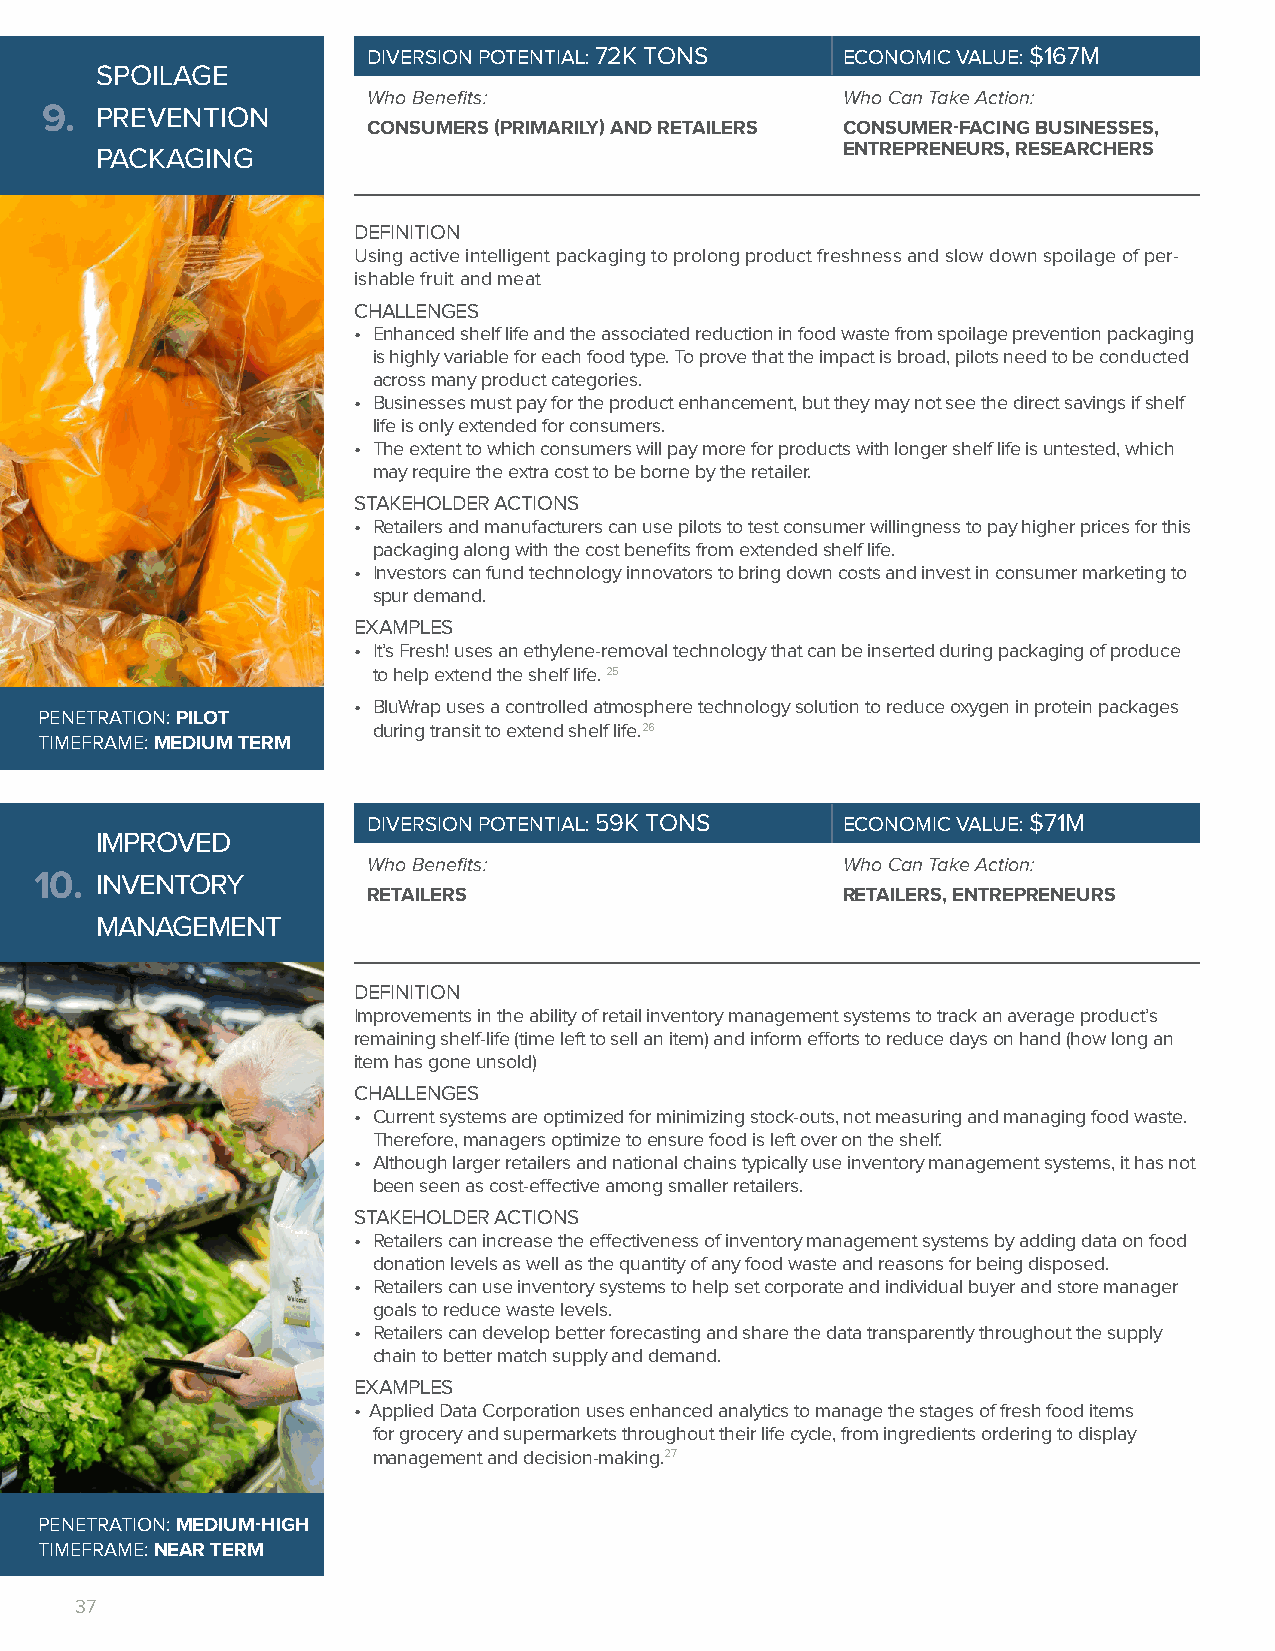
DIVERSION POTENTIAL: 72K TONS   ECONOMIC VALUE: $167M
 SPOILAGE
 Who Benefits:                   Who Can Take Action:
 9. PREVENTION
 CONSUMERS (PRIMARILY) AND RETAILERS CONSUMER-FACING BUSINESSES,
 ENTREPRENEURS, RESEARCHERS
 PACKAGING
 DEFINITION
 Using active intelligent packaging to prolong product freshness and slow down spoilage of per-
 ishable fruit and meat
 CHALLENGES
 • Enhanced shelf life and the associated reduction in food waste from spoilage prevention packaging
 is highly variable for each food type. To prove that the impact is broad, pilots need to be conducted
 across many product categories.
 • Businesses must pay for the product enhancement, but they may not see the direct savings if shelf
 life is only extended for consumers.
 • The extent to which consumers will pay more for products with longer shelf life is untested, which
 may require the extra cost to be borne by the retailer.
 STAKEHOLDER ACTIONS
 • Retailers and manufacturers can use pilots to test consumer willingness to pay higher prices for this
 packaging along with the cost benefits from extended shelf life.
 • Investors can fund technology innovators to bring down costs and invest in consumer marketing to
 spur demand.
 EXAMPLES
 • It’s Fresh! uses an ethylene-removal technology that can be inserted during packaging of produce
 to help extend the shelf life. 25
 • BluWrap uses a controlled atmosphere technology solution to reduce oxygen in protein packages
 PENETRATION: PILOT
 during transit to extend shelf life.26
 TIMEFRAME: MEDIUM TERM
 DIVERSION POTENTIAL: 59K TONS   ECONOMIC VALUE: $71M
 IMPROVED
 Who Benefits:                   Who Can Take Action:
 10. INVENTORY
 RETAILERS                       RETAILERS, ENTREPRENEURS
 MANAGEMENT
 DEFINITION
 Improvements in the ability of retail inventory management systems to track an average product’s
 remaining shelf-life (time left to sell an item) and inform efforts to reduce days on hand (how long an
 item has gone unsold)
 CHALLENGES
 • Current systems are optimized for minimizing stock-outs, not measuring and managing food waste.
 Therefore, managers optimize to ensure food is left over on the shelf.
 • Although larger retailers and national chains typically use inventory management systems, it has not
 been seen as cost-effective among smaller retailers.
 STAKEHOLDER ACTIONS
 • Retailers can increase the effectiveness of inventory management systems by adding data on food
 donation levels as well as the quantity of any food waste and reasons for being disposed.
 • Retailers can use inventory systems to help set corporate and individual buyer and store manager
 goals to reduce waste levels.
 • Retailers can develop better forecasting and share the data transparently throughout the supply
 chain to better match supply and demand.
 EXAMPLES
 • Applied Data Corporation uses enhanced analytics to manage the stages of fresh food items
 for grocery and supermarkets throughout their life cycle, from ingredients ordering to display
 management and decision-making.27
 PENETRATION: MEDIUM-HIGH
 TIMEFRAME: NEAR TERM
 37